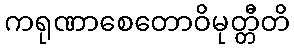
ကရုဏာစေတောဝိမုတ္တီတိ